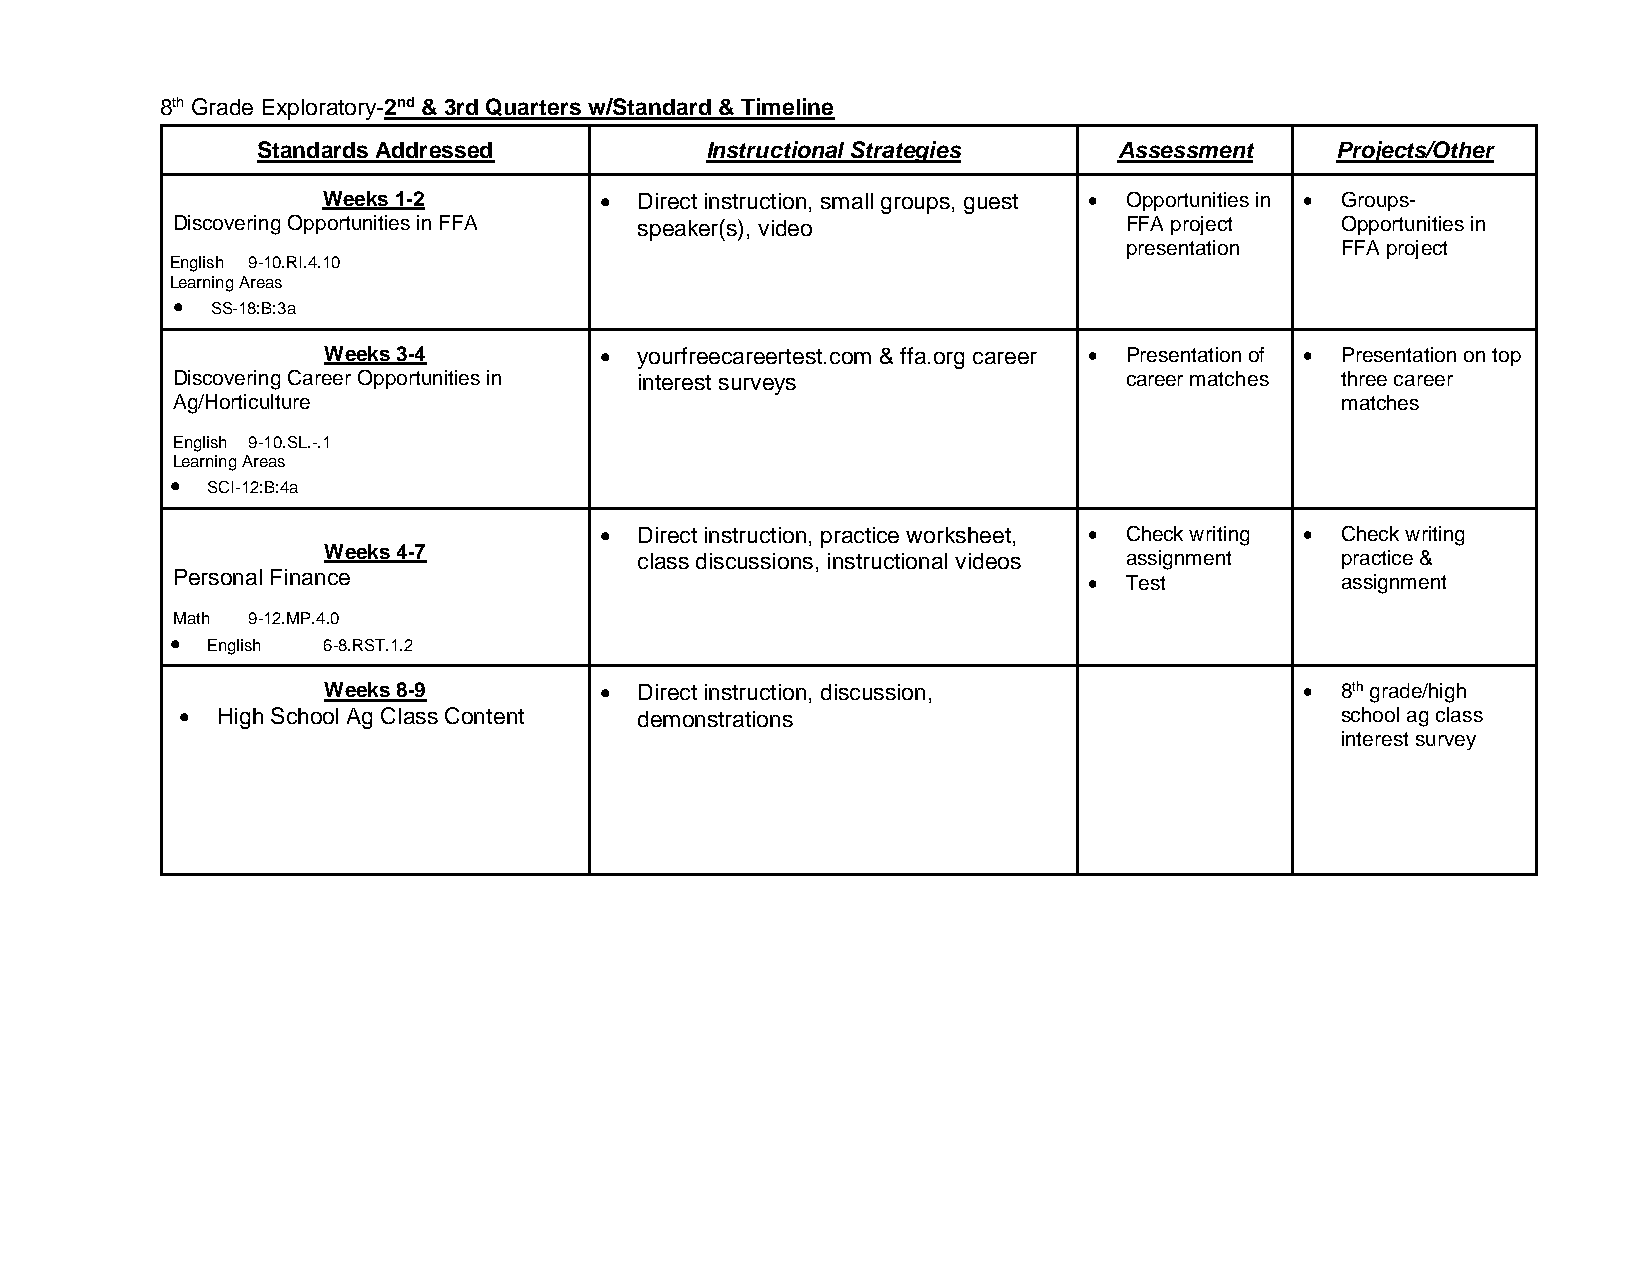
8th Grade Exploratory-2nd & 3rd Quarters w/Standard & Timeline
 Standards Addressed           Instructional Strategies   Assessment    Projects/Other
 Weeks 1-2          • Direct instruction, small groups, guest • Opportunities in • Groups-
 Discovering Opportunities in FFA speaker(s), video             FFA project    Opportunities in
 presentation   FFA project
 English 9-10.RI.4.10
 Learning Areas
 •  SS-18:B:3a
 Weeks 3-4          • yourfreecareertest.com & ffa.org career • Presentation of • Presentation on top
 Discovering Career Opportunities in interest surveys           career matches three career
 Ag/Horticulture                                                               matches
 English 9-10.SL.-.1
 Learning Areas
 •  SCI-12:B:4a
 • Direct instruction, practice worksheet, • Check writing • Check writing
 Weeks 4-7            class discussions, instructional videos assignment practice &
 Personal Finance                                             • Test           assignment
 Math 9-12.MP.4.0
 •  English 6-8.RST.1.2
 Weeks 8-9          • Direct instruction, discussion,             •  8th grade/high
 • High School Ag Class Content demonstrations                                school ag class
 interest survey